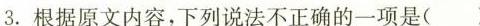
3.根据原文内容，下列说法不正确的一项是( )